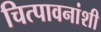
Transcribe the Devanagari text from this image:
चित्पावनांशी